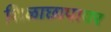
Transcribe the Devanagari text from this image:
शिळाछापावर